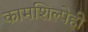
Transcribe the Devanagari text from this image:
कामशिल्पेही